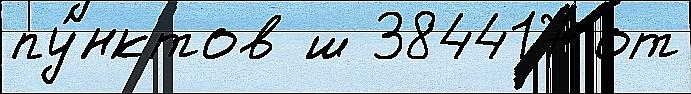
пу́нктов ш 384417 от